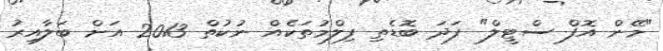
"މޭން އޮފް ސްޓީލް" ފަދަ ބޮޑެތި ފިލްމުތަކެއް ނުކުތް 2013 އަށް ބަލާއިރު